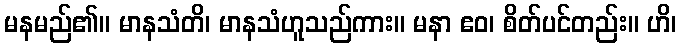
မနမည်၏။ မာနသံတိ၊ မာနသံဟူသည်ကား။ မနာ ဧဝ၊ စိတ်ပင်တည်း။ ဟိ၊